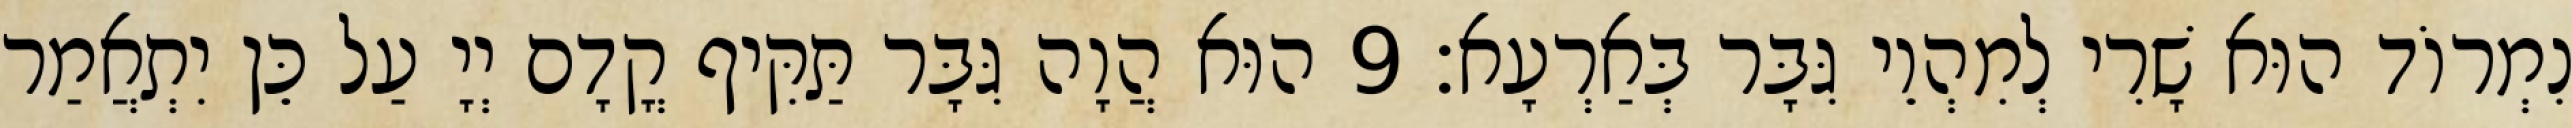
נִמְרוֹד הוּא שָׁרִי לְמִהְוֵי גִּבָּר בְּאַרְעָא׃ 9 הוּא הֲוָה גִּבָּר תַּקִּיף קֳדָם יְיָ עַל כֵּן יִתְאֲמַר